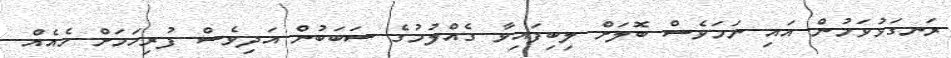
ރަނގަޅުވަމުން އައި ނަމަވެސް ބޮލަށް ލިބިފައިވާ ގެއްލުމުގެ ސަބަބުން އަދިވެސް ފުރިހަމަށް ހެއެއް